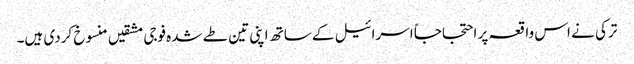
ترکی نے اس واقعہ پر احتجاجاً اسرائیل کے ساتھ اپنی تین طے شدہ فوجی مشقیں منسوخ کردی ہیں۔